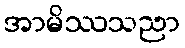
အာမိဿသညာ